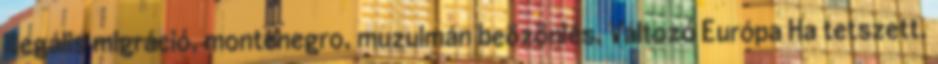
illegális migráció, montenegro, muzulmán beözönlés, Változó Európa Ha tetszett,